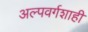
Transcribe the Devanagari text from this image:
अल्पवर्गशाही